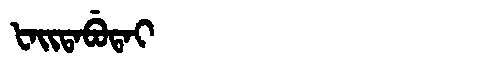
Manchu: ᡶᠠᡳᡨᠠᠪᡠᡨᠠᡳ
Romanization: FAITABUTAI